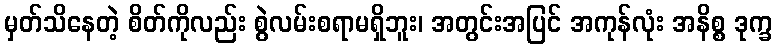
မှတ်သိနေတဲ့ စိတ်ကိုလည်း စွဲလမ်းစရာမရှိဘူး၊ အတွင်းအပြင် အကုန်လုံး အနိစ္စ ဒုက္ခ